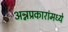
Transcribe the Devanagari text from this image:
अन्नप्रकारांमध्ये